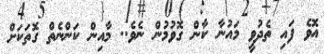
އޮވެ ފައި ތެދުވީ މައުނާ ކާން ގޮވުމުން ނެވެ.. މާއިން ކަންނެތް ގޮތަކަށް